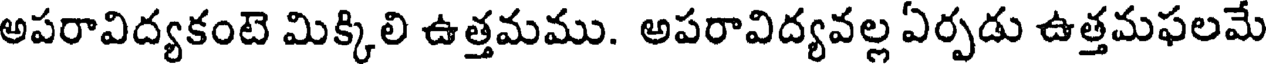
అపరావిద్యకంటె మిక్కిలి ఉత్తమము. అపరావిద్యవల్ల ఏర్పడు ఉత్తమఫలమే